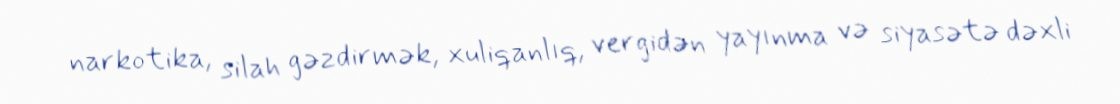
narkotika, silah gəzdirmək, xuliqanlıq, vergidən yayınma və siyasətə dəxli